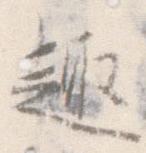
趣